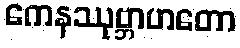
ကေနဿုဗ္ဘာဟတော